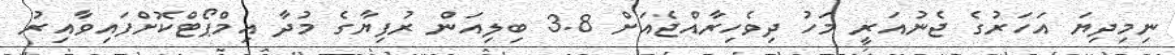
ނިމިދިޔަ އަހަރުގެ ޖެނުއަރީ މަހު ދިވެހިރާއްޖެއަށް 3.8 ބިލިއަން ރުފިޔާގެ މުދާ އިމްޕޯޓްކޮށްފައިވާއިރު